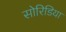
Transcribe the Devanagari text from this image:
सोरिडिया